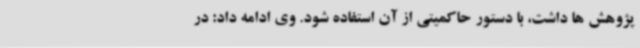
پژوهش ها داشت، با دستور حاکمیتی از آن استفاده شود. وی ادامه داد: در